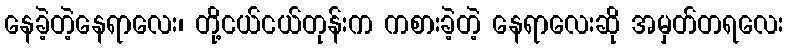
နေခဲ့တဲ့နေရာလေး၊ တို့ငယ်ငယ်တုန်းက ကစားခဲ့တဲ့ နေရာလေးဆို အမှတ်တရလေး